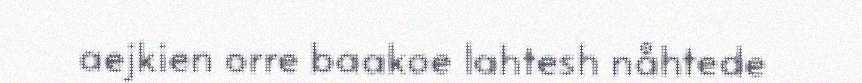
aejkien orre baakoe lahtesh nåhtede